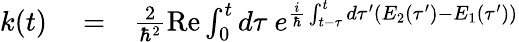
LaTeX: \begin{array}{rlr}{k(t)}&{{}=}&{\frac{2}{\hbar^{2}}\mathrm{Re}\int_{0}^{t}d\tau\ e^{\frac{i}{\hbar}\int_{t-\tau}^{t}d\tau^{\prime}(E_{2}(\tau^{\prime})-E_{1}(\tau^{\prime}))}}\end{array}